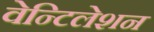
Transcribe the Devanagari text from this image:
वेन्टिलेशन